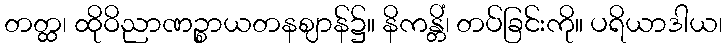
တတ္ထ၊ ထိုဝိညာဏဉ္စာယတနဈာန်၌။ နိကန္တိံ၊ တပ်ခြင်းကို။ ပရိယာဒါယ၊